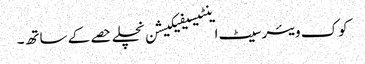
کوک ویئر سیٹ اینٹیسیفیکیشن نچلے حصے کے ساتھ۔